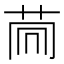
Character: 𦮏